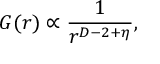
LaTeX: G ( r ) \propto { \frac { 1 } { r ^ { D - 2 + \eta } } } ,